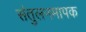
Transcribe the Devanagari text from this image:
संतुलनमापक